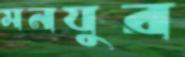
মনযুর